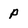
Character: P